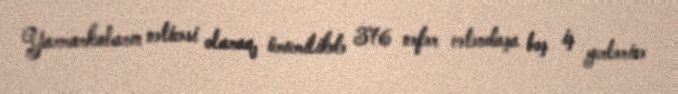
Yarmarkaların nəticəsi olaraq, ümumilikdə 376 nəfər vətəndaşa boş iş yerlərinə